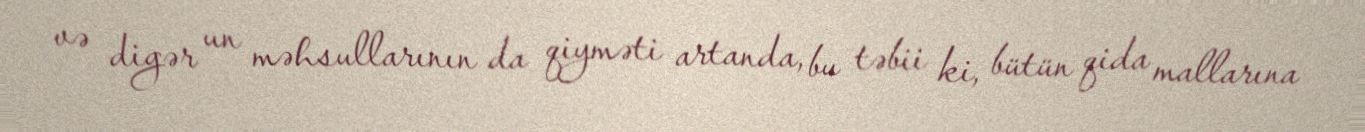
və digər un məhsullarının da qiyməti artanda, bu təbii ki, bütün qida mallarına